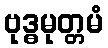
ဗုဒ္ဓမုတ္တမံ